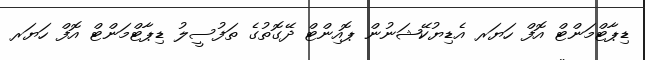
ޑިޕާޓްމަންޓް އޮފް ހަޔަރ އެޑިޔުކޭޝަނުން ޕޮއިންޓް ދޭގޮތުގެ ތަފުސީލު ޑިޕާޓްމަންޓް އޮފް ހަޔަރ